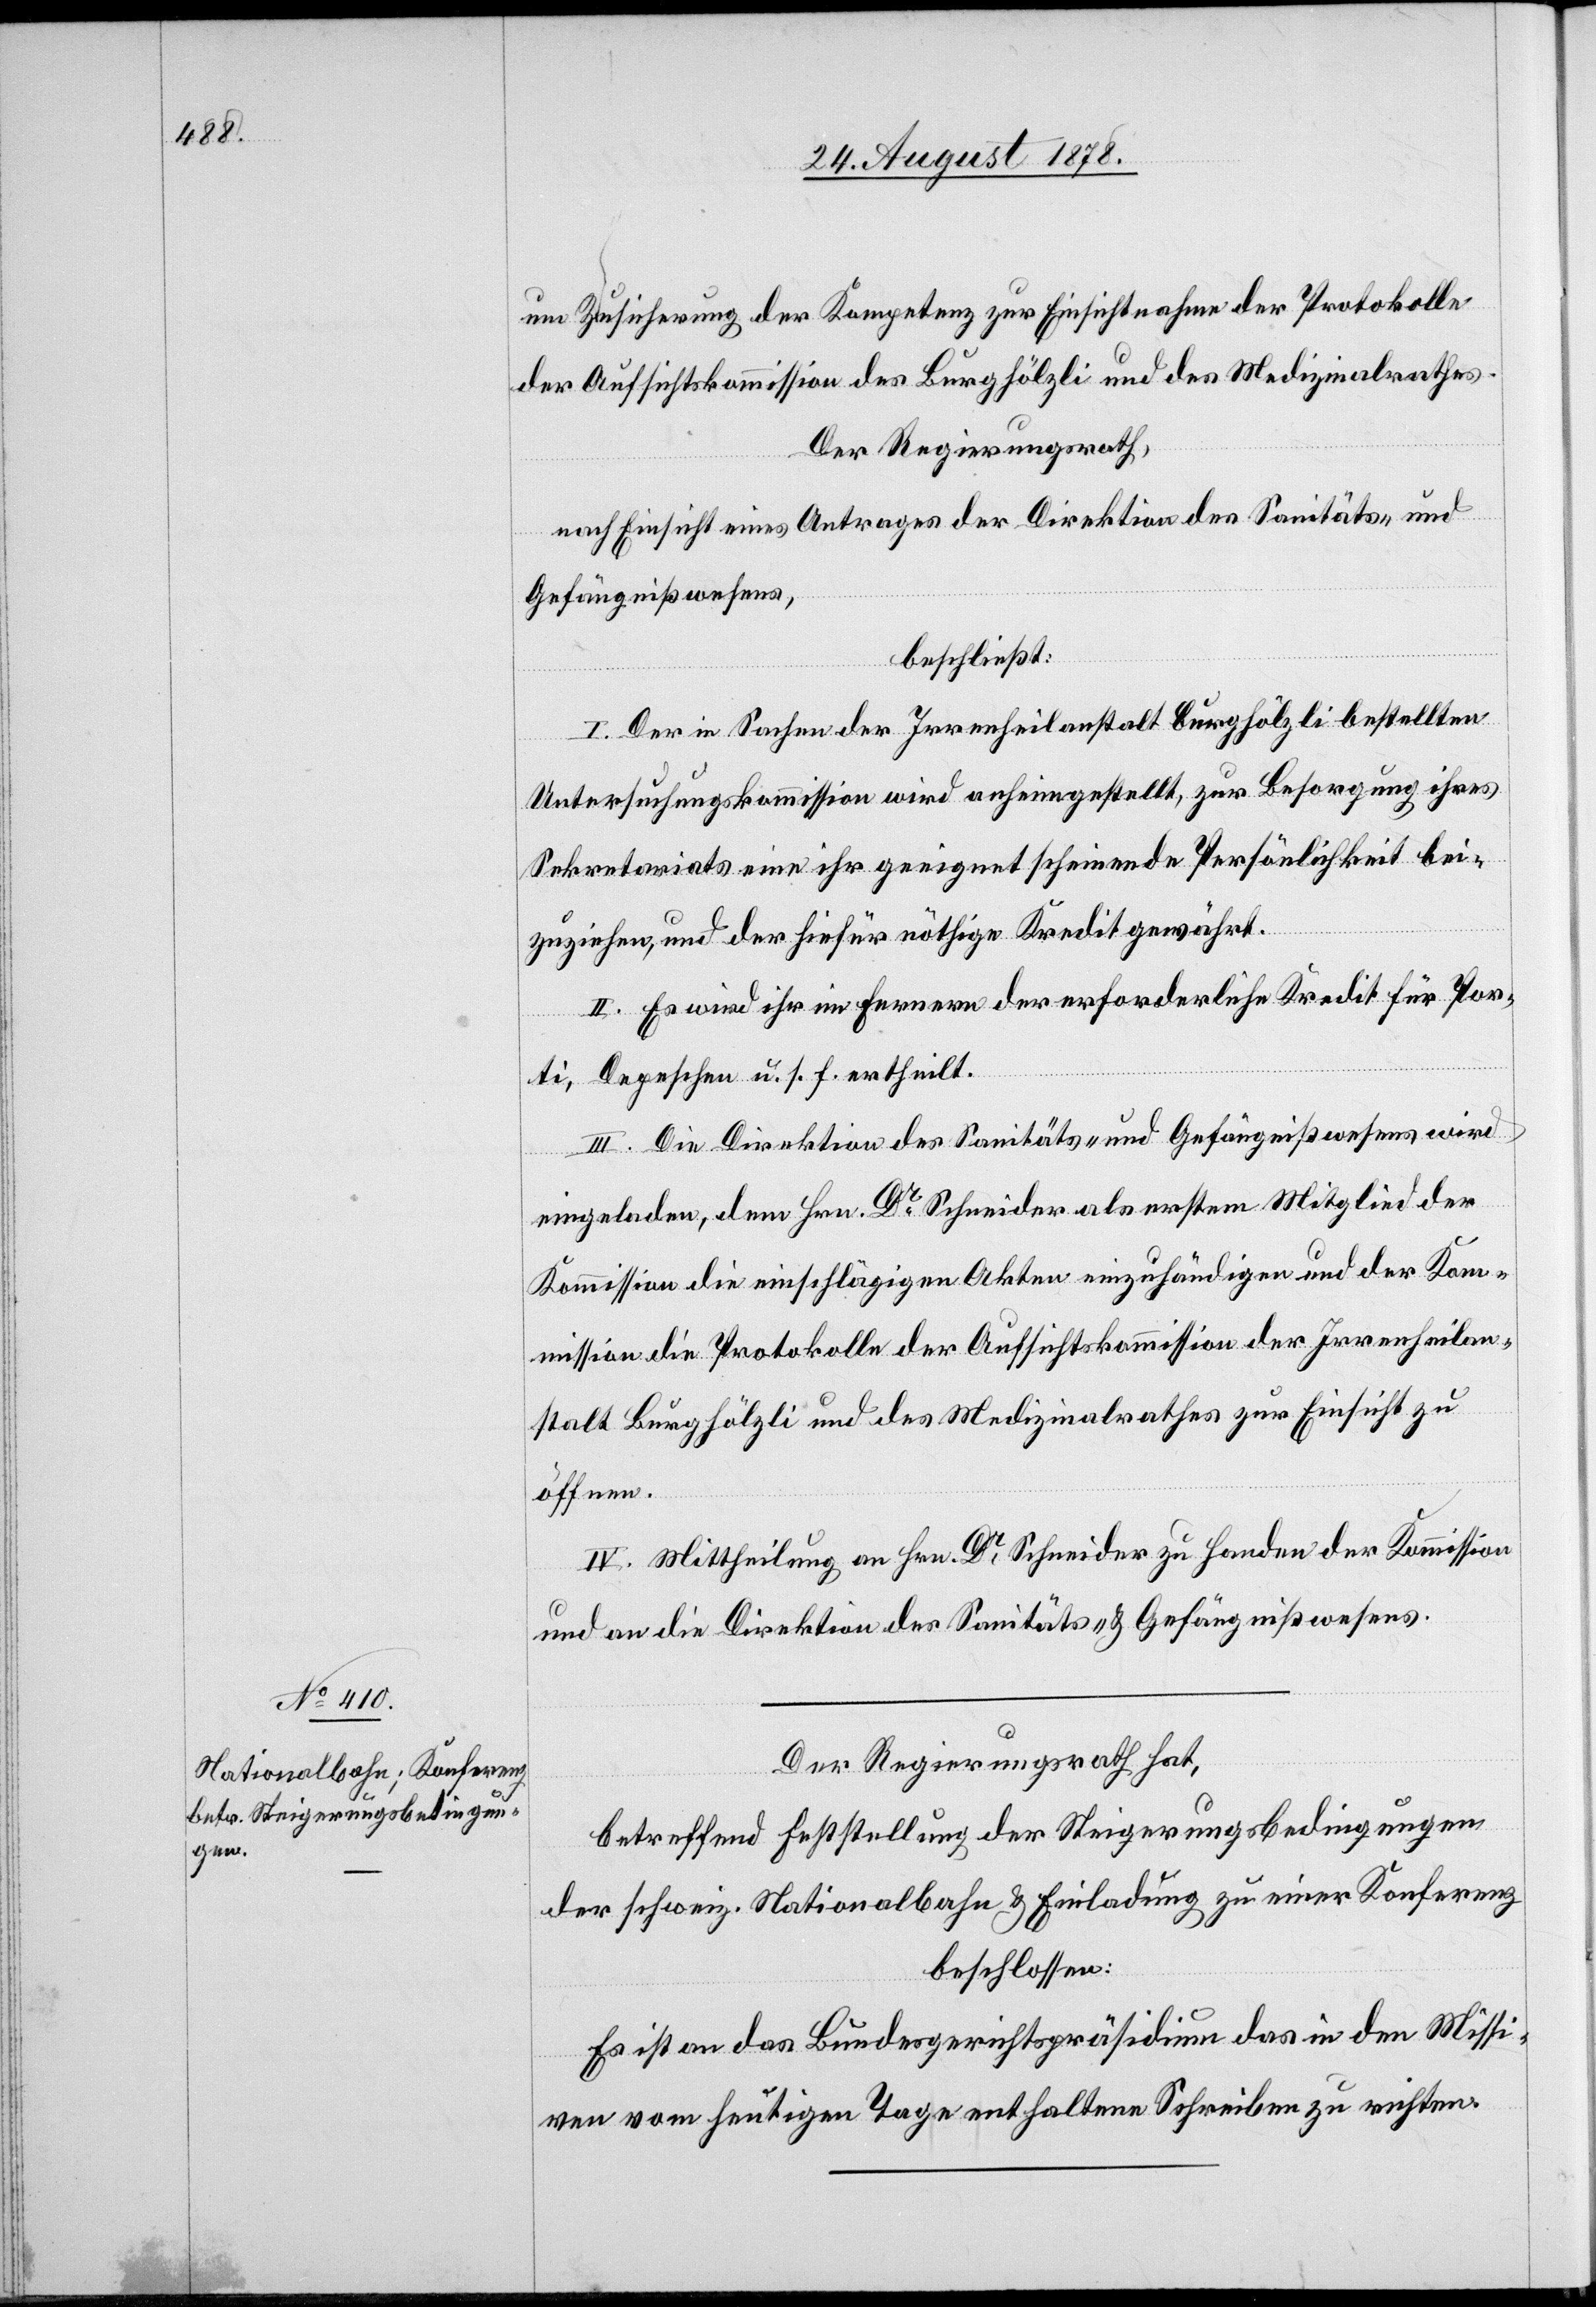
um Zusicherung der Kompetenz zur Einsichtnahme der Protokolle
der Aufsichtskommission des Burghölzli und des Medizinalrathes.
Der Regierungsrath,
nach Einsicht eines Antrages der Direktion des Sanitäts- &
Gefängnißwesens,
beschließt:
I. Der in Sachen der Irrenheilanstalt Burghölzli bestellten
Untersuchungskommission wird anheimgestellt, zur Besorgung ihres
Sekretariates eine ihr geeignet scheinende Persönlichkeit bei¬
zuziehen, und der hiefür nöthige Kredit gewährt.
II. Es wird ihr im Fernern der erforderliche Kredit für Por¬
ti, Depeschen u. s. f. ertheilt.
III. Die Direktion des Sanitäts- & Gefängnißwesens wird
eingeladen, dem Hrn. Dr Schneider als erstem Mitglied der
Kommission die einschlägigen Akten einzuhändigen und der Kom¬
mission die Protokolle der Aufsichtskommission der Irrenheilan¬
stalt Burghölzli und des Medizinalrathes zur Einsicht zu
öffnen.
IV. Mittheilung an Hrn. Dr Schneider zu Handen der Kommission
und an die Direktion des Sanitäts- & Gefängnißwesens.
Der Regierungsrath hat,
betreffend Feststellung der Steigerungsbedingungen
der schweiz. Nationalbahn & Einladung zu einer Konferenz
beschlossen:
Es ist an das Bundesgerichtspräsidium das in den Missi¬
ven vom heutigen Tage enthaltene Schreiben zu richten.